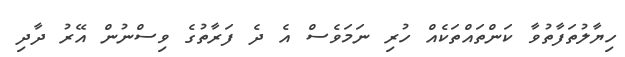
ހިޔާލުތަފާތުވާ ކަންތައްތަކެއް ހުރި ނަމަވެސް އެ ދެ ފަރާތުގެ ވިސްނުުން އޭރު ދާދި